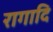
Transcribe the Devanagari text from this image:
रागादि